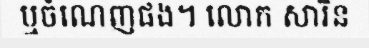
ឬចំណេញផង។ លោក សារិន